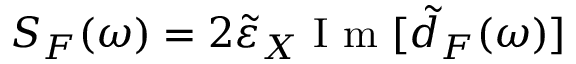
S _ { F } ( \omega ) = 2 \tilde { \varepsilon } _ { X } \mathrm { ~ I ~ m ~ } [ \tilde { d } _ { F } ( \omega ) ]